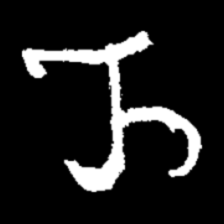
Pyu character \u2014 Myanmar letter: ည (romanized: nya)